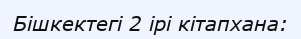
Бішкектегі 2 ірі кітапхана: